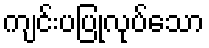
ကျင်းပပြုလုပ်သော